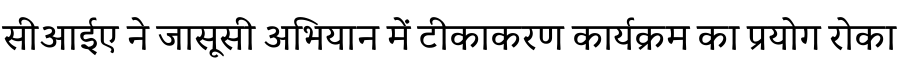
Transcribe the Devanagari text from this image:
सीआईए ने जासूसी अभियान में टीकाकरण कार्यक्रम का प्रयोग रोका